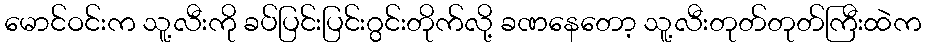
မောင်ဝင်းက သူ့လီးကို ခပ်ပြင်းပြင်းဂွင်းတိုက်လို့ ခဏနေတော့ သူ့လီးတုတ်တုတ်ကြီးထဲက